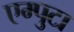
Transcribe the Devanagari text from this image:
एम्पुटा